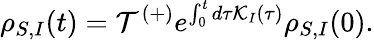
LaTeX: {{\rho}_{S,I}}(t)={\mathcal{T}^{(+)}}{{e}^{\int_{0}^{t}{d\tau\mathcal{K}_{I}(\tau)}}}{{\rho}_{S,I}}(0).